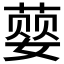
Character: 𮐨